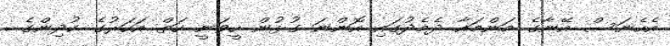
އެހެނަސް އޭނާގެ މަންމައާ ދެމެދުގައި އޮންނަ ގުޅުން ހީވަނީ ހަތް އަހަރުގެ ކުދިންގެ